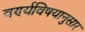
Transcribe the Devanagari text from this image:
वर्ण्यविषयानुसार